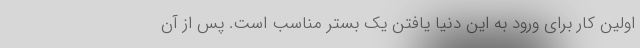
اولین کار برای ورود به این دنیا یافتن یک بستر مناسب است. پس از آن